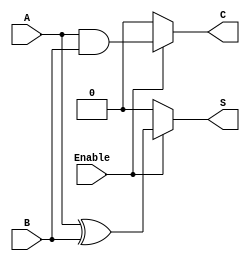
module conditional_half_adder (
    input wire A,        // First single-bit input
    input wire B,        // Second single-bit input
    input wire Enable,   // Control signal
    output reg S,        // Sum output
    output reg C         // Carry output
);

    always @(*) begin
        if (Enable) begin
            S = A ^ B;    // Sum is A XOR B
            C = A & B;    // Carry is A AND B
        end else begin
            S = 0;        // Default state for Sum
            C = 0;        // Default state for Carry
        end
    end

endmodule